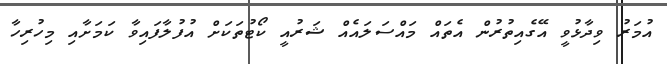
އުމަރު ވިދާޅުވީ އޭގެއިތުރުން އެތައް މައްސަލައެއް ޝަރުއީ ކޯޓުތަކަށް އުފުލާފައިވާ ކަމަށާއި މިހުރިހާ